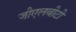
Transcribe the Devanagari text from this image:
जीएलबीटी